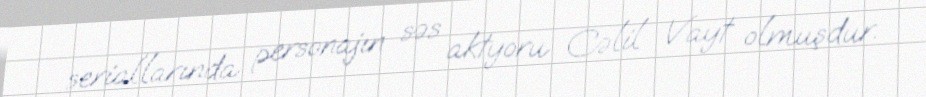
seriallarında personajın səs aktyoru Cəlil Vayt olmuşdur.